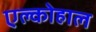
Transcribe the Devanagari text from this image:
एल्कोहाल